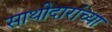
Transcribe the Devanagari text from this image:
साथीदारांच्या